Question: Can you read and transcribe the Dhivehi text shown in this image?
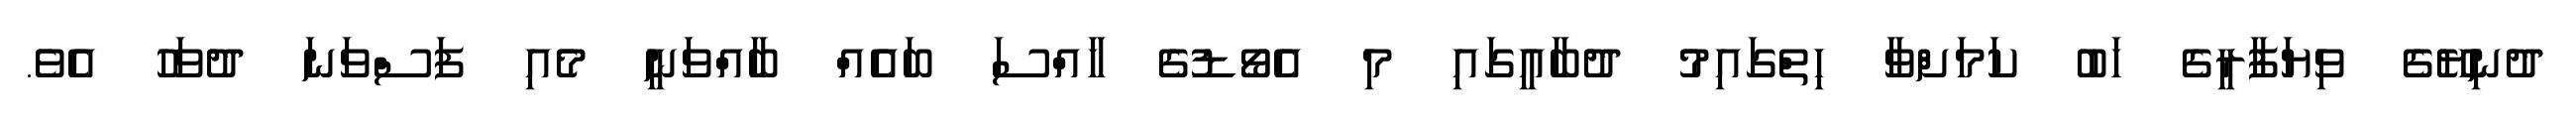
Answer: ދުނިޔޭގެ ވިޔަފާރީގެ ހަބު ކަމަށްވާ ހިތްގައިމު ދުބާއީގައި މި އެވޯޑުގެ ހާއްސަ ބައެއް ބާއްވަނީ މެއި ފަސްވަނަ ދުވަހު އެވެ.